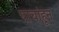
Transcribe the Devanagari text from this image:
पाचांहून